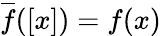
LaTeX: {\overline{{f}}}([x])=f(x)